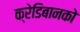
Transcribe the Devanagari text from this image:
क्रेडिबानको